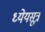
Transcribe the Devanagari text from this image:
ध्येयसूत्र